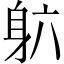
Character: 𬧡